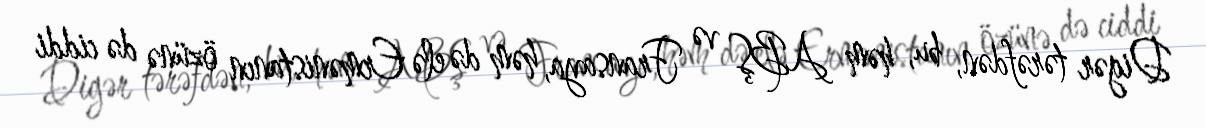
Digər tərəfdən, bu, həm ABŞ və Fransaya, həm də elə Ermənistanın özünə də ciddi